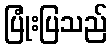
ပြုံးပြသည်